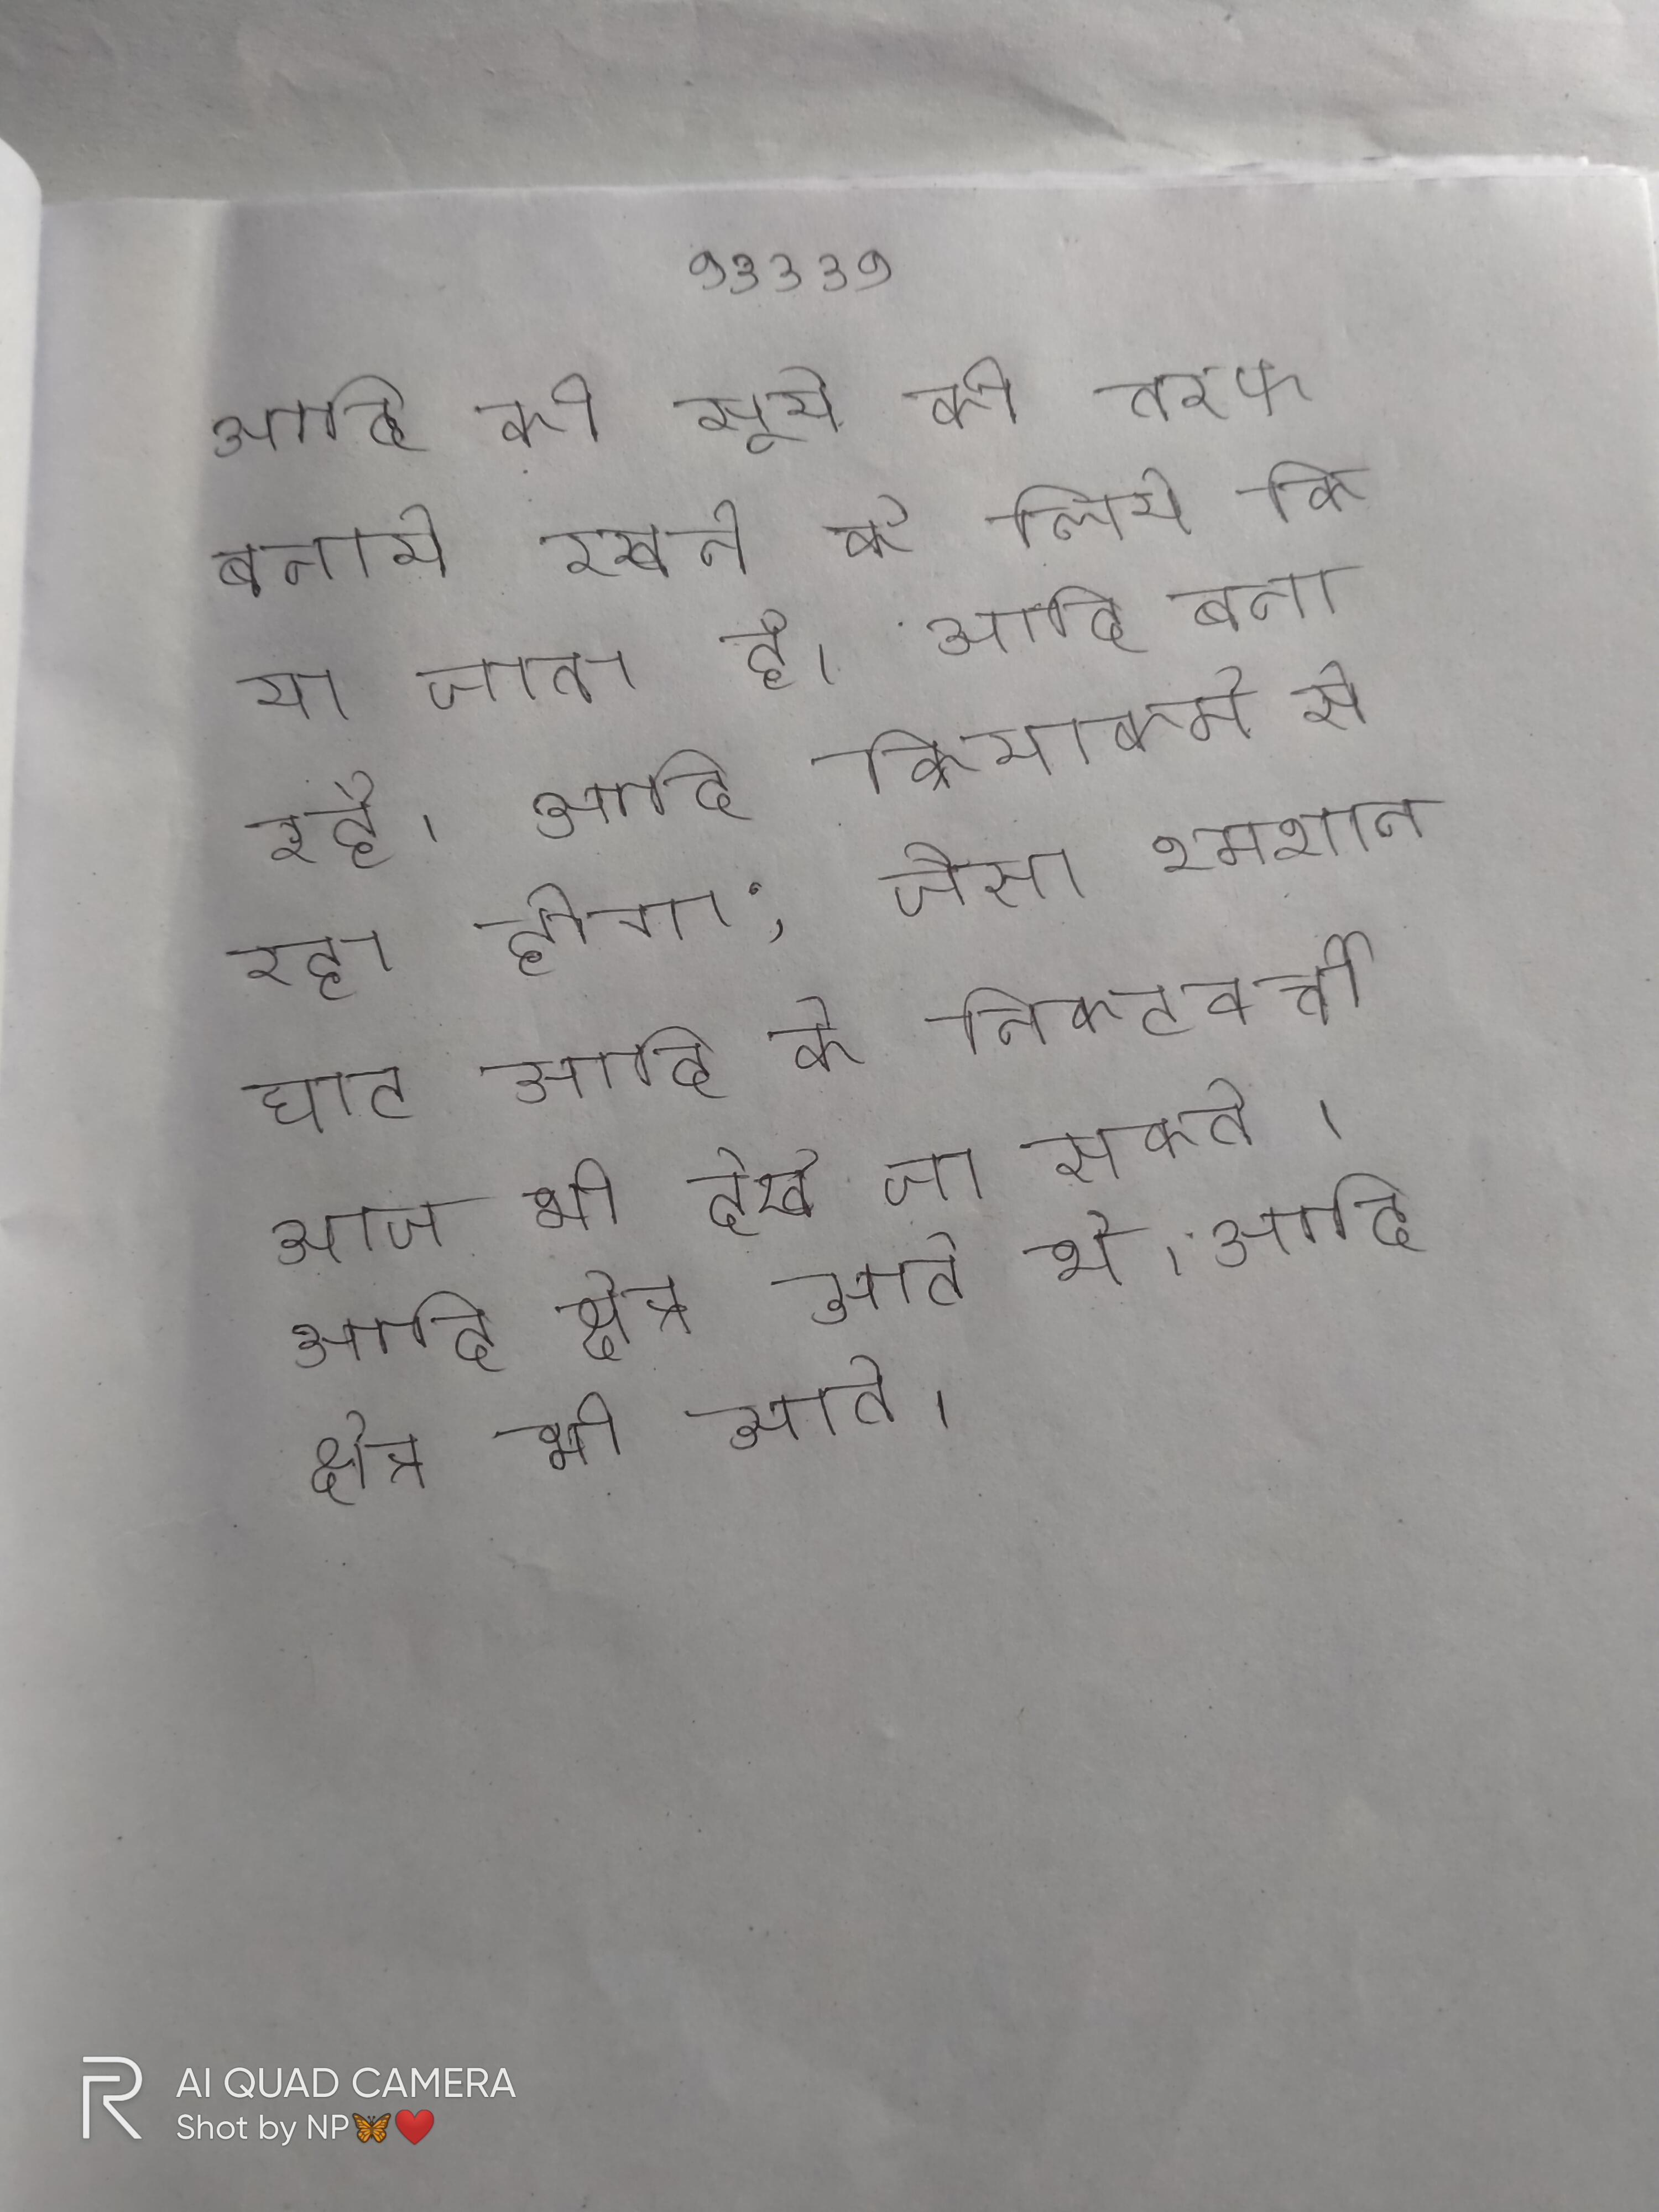
आदि को सूर्य की तरफ बनाये रखने के लिये किया जाता है । आदि बना रहे । आदि क्रियाकर्म से रहा होगा; जैसा श्मशान घाट आदि के निकटवर्त्ती आज भी देखे जा सकते । आदि क्षेत्र आते थे । आदि क्षेत्र भी आते ।